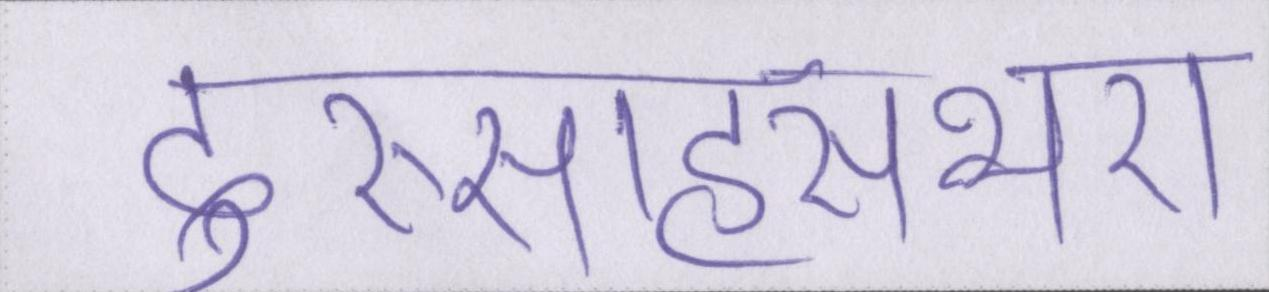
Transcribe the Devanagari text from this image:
दुस्साहसभरा